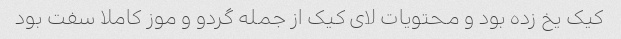
کیک یخ زده بود و محتویات لای کیک از جمله گردو و موز کاملا سفت بود